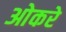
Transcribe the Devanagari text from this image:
ओकरे